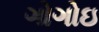
ગોગોઇ